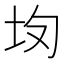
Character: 𡉳